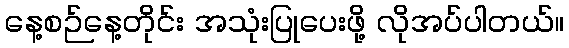
နေ့စဉ်နေ့တိုင်း အသုံးပြုပေးဖို့ လိုအပ်ပါတယ်။